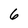
Character: 6